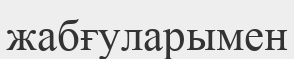
жабғуларымен